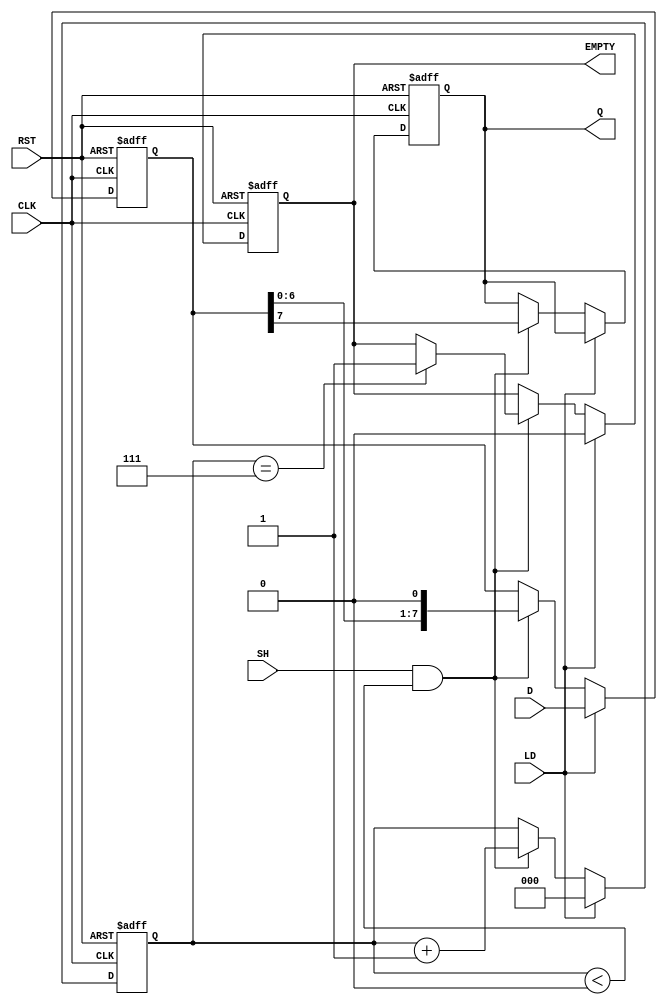
module PISO_Register (
    input wire [7:0] D,            // Data inputs
    input wire LD,                 // Load control signal
    input wire SH,                 // Shift control signal
    input wire CLK,                // Clock signal
    input wire RST,                // Reset signal
    output reg Q,                  // Serial output
    output reg EMPTY               // Empty flag
);

reg [7:0] REG;                    // 8-bit storage register
reg [2:0] count;                 // 3-bit shift counter

// Asynchronous reset and loading of data
always @(posedge CLK or posedge RST) begin
    if (RST) begin
        REG <= 8'b0;              // Clear the register
        count <= 3'b0;           // Reset the counter
        Q <= 1'b0;                // Clear serial output
        EMPTY <= 1'b1;            // Initially, the register is empty
    end
    else begin
        if (LD) begin              // Load data if LD is asserted
            REG <= D;             // Load data from D inputs
            count <= 3'b0;        // Reset the counter
            EMPTY <= 1'b0;        // Register is not empty anymore
        end
        else if (SH && count < 3'd8) begin // Shift operation
            Q <= REG[7];          // Output the MSB
            REG <= {REG[6:0], 1'b0}; // Shift left and bring in 0
            count <= count + 1;   // Increment counter
            if (count == 3'd7)     // Check if all bits have been shifted out
                EMPTY <= 1'b1;     // Set EMPTY flag
        end
    end
end

endmodule